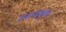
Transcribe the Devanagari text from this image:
तख्तनुमा